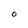
Character: O